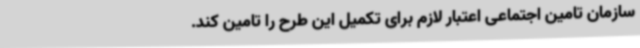
سازمان تامین اجتماعی اعتبار لازم برای تکمیل این طرح را تامین کند.